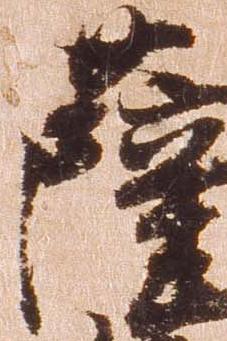
薩